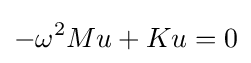
-\omega ^{2}Mu+Ku=0